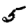
Digit: 5